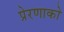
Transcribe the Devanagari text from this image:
प्रेरणाको